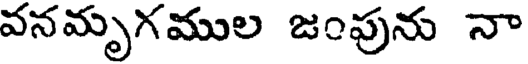
వనమృగముల జంపును నా